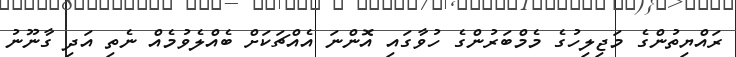
ރައްޔިތުންގެ މަޖިލިހުގެ މެމްބަރުންގެ ހުވާގައި އޮންނަ އެއްޗަކަށް ބެއްލެވުމެއް ނެތި އަދި ގާނޫނު